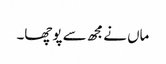
ماں نےمجھ سے پوچھا۔